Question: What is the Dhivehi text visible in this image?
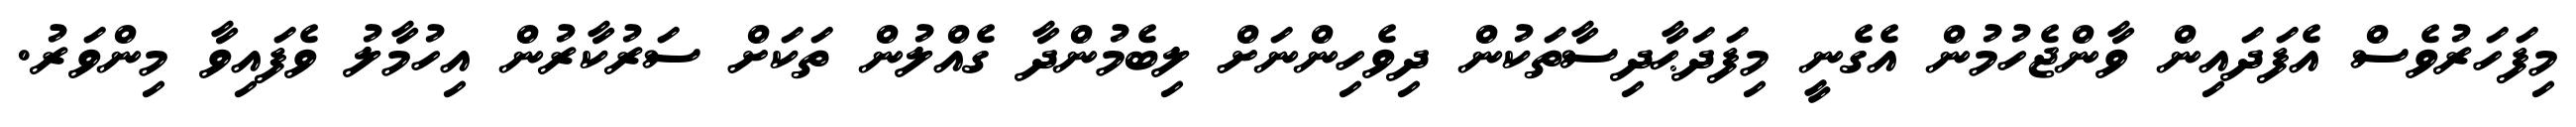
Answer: މިފަހަރުވެސް އެފަދައިން ވާންޖެހުމުން އެގެނީ މިފަދަޙާދިސާތަކުން ދިވެހިންނަށް ލިބެމުންދާ ގެއްލުން ތަކަށް ސަރުކާރުން އިހުމާލު ވެފައިވާ މިންވަރު.